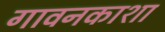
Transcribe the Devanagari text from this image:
गावनकाशा